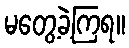
မတွေ့ခဲ့ကြရ။